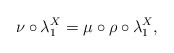
\begin{gather*}\nu\circ\lambda^X_1=\mu\circ\rho\circ\lambda^X_1,\end{gather*}